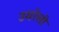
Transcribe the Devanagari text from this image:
उमरेली